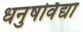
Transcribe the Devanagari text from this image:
धनुषर्विद्या